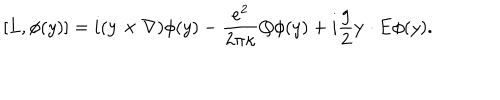
LaTeX: \lbrack L , \phi ( y ) ] = i ( { \bf y } \times { \bf \nabla } ) \phi ( y ) - \frac { e ^ { 2 } } { 2 \pi \kappa } Q \phi ( y ) + i \frac g 2 { \bf y \cdot E } \phi ( y ) .